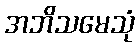
အဘိသမေသုံ